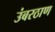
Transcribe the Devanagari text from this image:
उंबरठाण